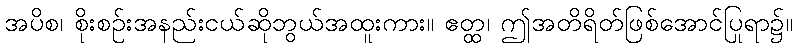
အပိစ၊ စိုးစဉ်းအနည်းငယ်ဆိုဘွယ်အထူးကား။ ဧတ္ထ၊ ဤအတိရိတ်ဖြစ်အောင်ပြုရာ၌။